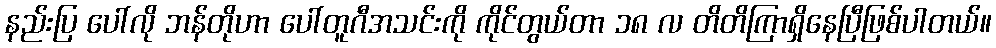
နည်းပြ ပေါ်လို ဘန်တိုဟာ ပေါ်တူဂီအသင်းကို ကိုင်တွယ်တာ ၁၈ လ တိတိကြာရှိနေပြီဖြစ်ပါတယ်။